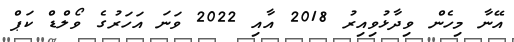
އޭނާ މިހެން ވިދާޅުވިއިރު 2018 އާއި 2022 ވަނަ އަހަރުގެ ވޯލްޑް ކަޕް